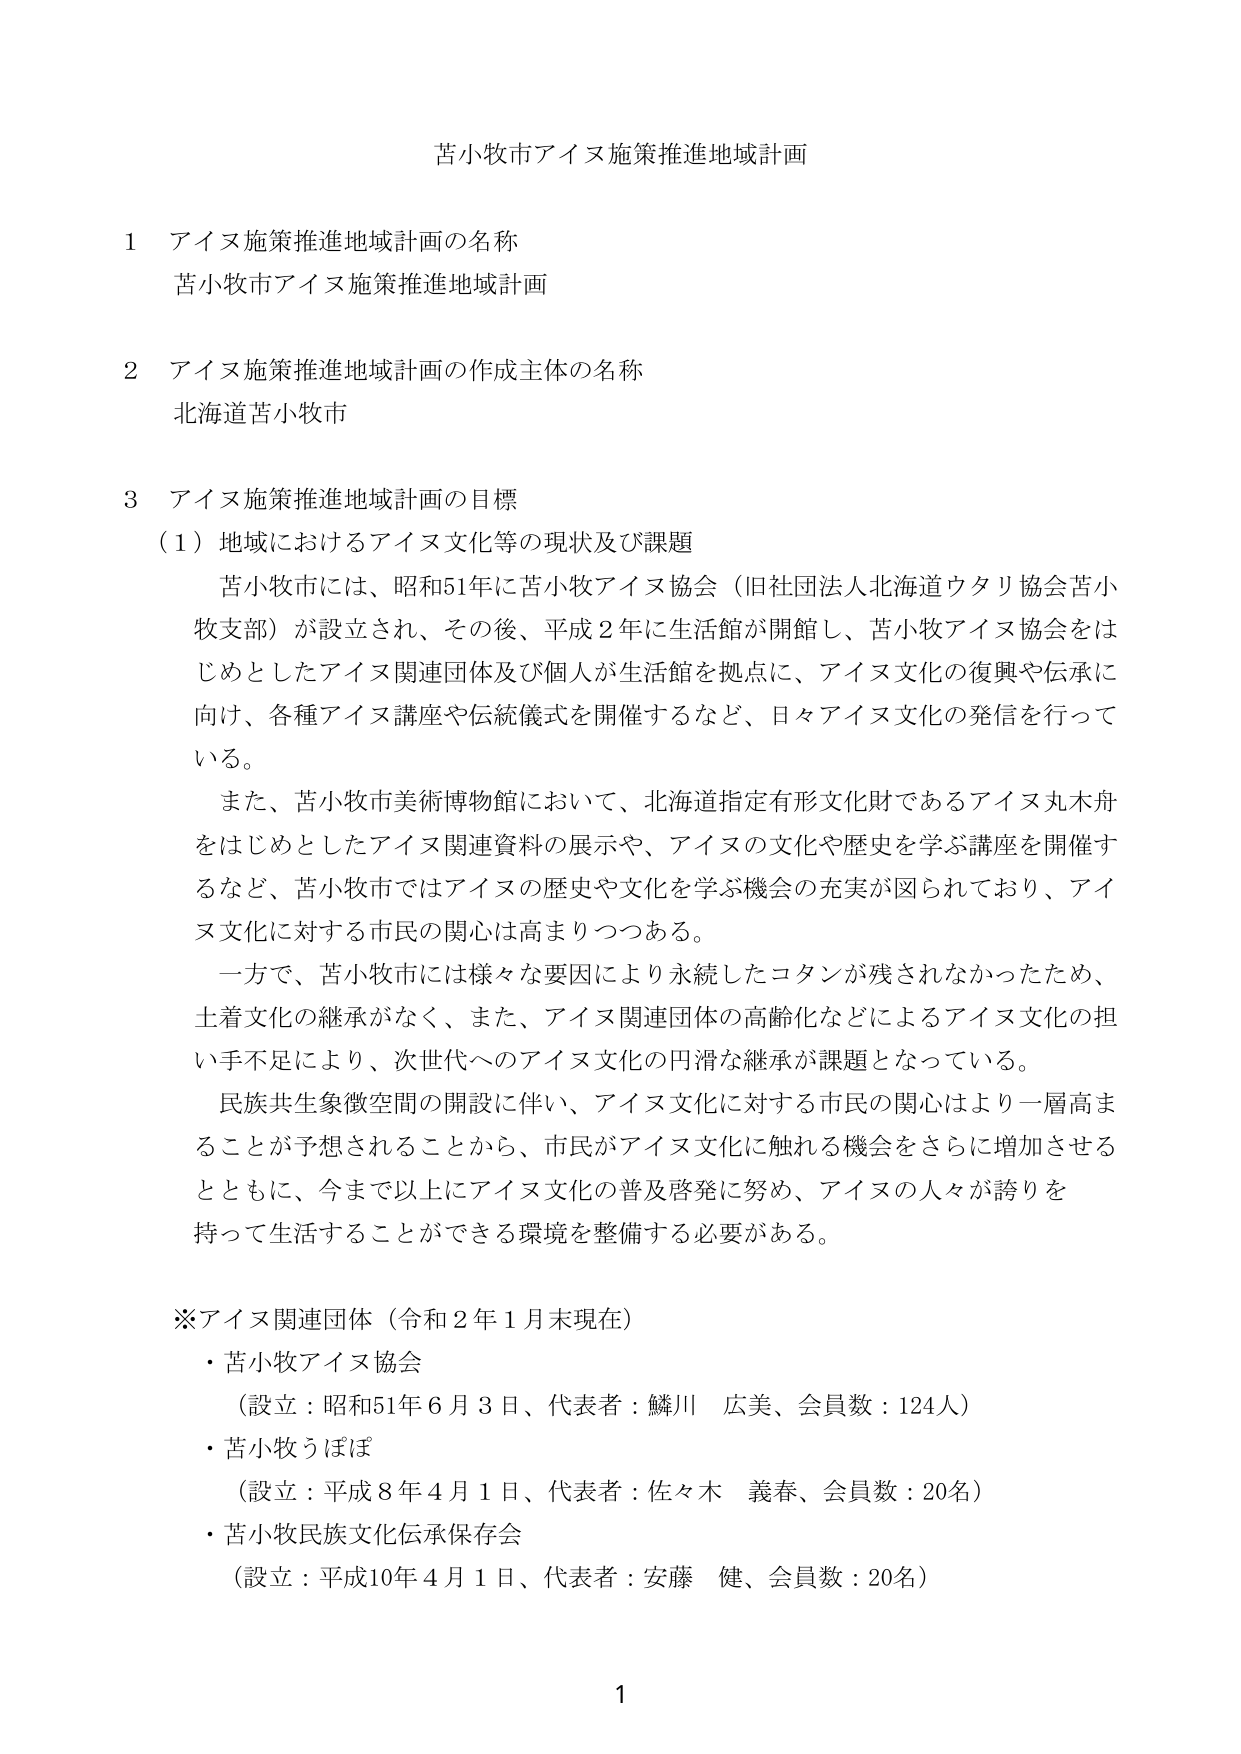
苦小牧市アイヌ施策推進地域計画

1 アイヌ施策推進地域計画の名称
苦小牧市アイヌ施策推進地域計画

2 アイヌ施策推進地域計画の作成主体の名称
北海道苦小牧市

3 アイヌ施策推進地域計画の目標
（1）地域におけるアイヌ文化等の現状及び課題
　苦小牧市には、昭和51年に苦小牧アイヌ協会（旧社団法人北海道ウタリ協会苦小牧支部）が設立され、その後、平成2年に生活館が開館し、苦小牧アイヌ協会をはじめとしたアイヌ関連団体及び個人が生活館を拠点に、アイヌ文化の復興や伝承に向け、各種アイヌ講座や伝統儀式を開催するなど、日々アイヌ文化の発信を行っている。
　また、苦小牧市美術博物館において、北海道指定有形文化財であるアイヌ丸木舟をはじめとしたアイヌ関連資料の展示や、アイヌの文化や歴史を学ぶ講座を開催するなど、苦小牧市ではアイヌの歴史や文化を学ぶ機会の充実が図られており、アイヌ文化に対する市民の関心は高まりつつある。
　一方で、苦小牧市には様々な要因により永続したコタンが残されなかったため、土着文化の継承がなく、また、アイヌ関連団体の高齢化などによるアイヌ文化の担い手不足により、次世代へのアイヌ文化の円滑な継承が課題となっている。
　民族共生象徴空間の開設に伴い、アイヌ文化に対する市民の関心はより一層高まることが予想されることから、市民がアイヌ文化に触れる機会をさらに増加させるとともに、今まで以上にアイヌ文化の普及啓発に努め、アイヌの人々が誇りを持って生活することができる環境を整備する必要がある。

※アイヌ関連団体（令和2年1月末現在）
・苦小牧アイヌ協会
　（設立：昭和51年6月3日、代表者：鱗川 広美、会員数：124人）
・苦小牧うほぽ
　（設立：平成8年4月1日、代表者：佐々木 義春、会員数：20名）
・苦小牧民族文化伝承保存会
　（設立：平成10年4月1日、代表者：安藤 健、会員数：20名）

1